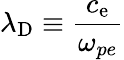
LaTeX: \displaystyle\lambda_{\mathrm{D}}\equiv\frac{c_{\mathrm{e}}}{\omega_{pe}}